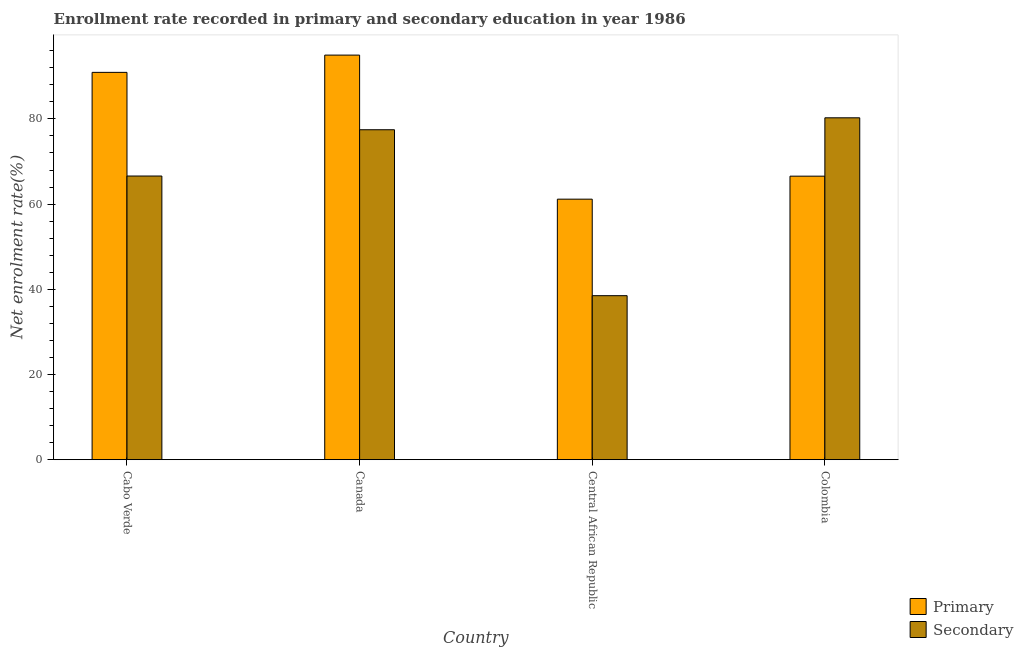
| Country | Primary | Secondary |
 | --- | --- | --- |
 | Cabo Verde | 90.9 | 66.6 |
 | Canada | 95 | 77.5 |
 | Central African Republic | 61.2 | 38.5 |
 | Colombia | 66.6 | 80.3 |